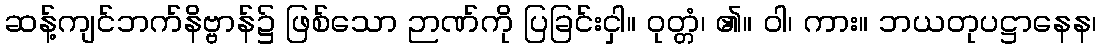
ဆန့်ကျင်ဘက်နိဗ္ဗာန်၌ ဖြစ်သော ဉာဏ်ကို ပြခြင်းငှါ။ ဝုတ္တံ၊ ၏။ ဝါ၊ ကား။ ဘယတုပဋ္ဌာနေန၊